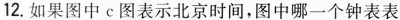
12.如果图中c图表示北京时间，图中哪一个钟表表